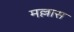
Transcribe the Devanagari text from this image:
मल्लास